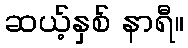
ဆယ့်နှစ် နာရီ။